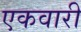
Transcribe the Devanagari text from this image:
एकवारी